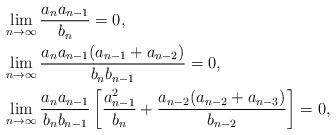
LaTeX: \begin{align*} & \lim_{n\to\infty}\frac{a_n a_{n-1}}{b_n}=0, \\ & \lim_{n\to\infty} \frac{a_n a_{n-1}(a_{n-1}+a_{n-2})}{b_n b_{n-1}}=0, \\ & \lim_{n\to\infty}\frac{a_n a_{n-1}}{b_nb_{n-1}} \left[ \frac{a_{n-1}^{2}}{b_n} + \frac{a_{n-2}(a_{n-2} + a_{n-3})}{b_{n-2}} \right]=0, \end{align*}